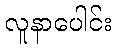
လူနာပေါင်း